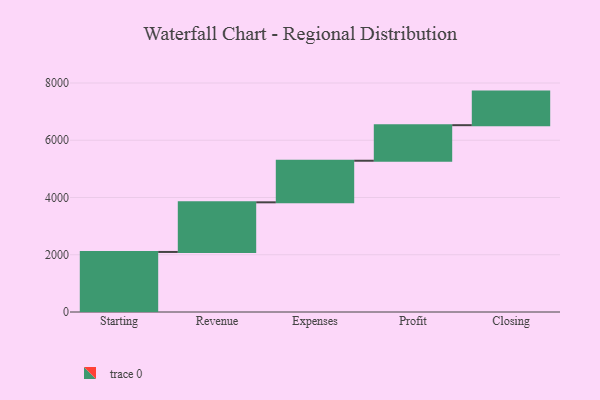
{"axis": {"x": "Step", "y": "Value"}, "legend": [""], "data": [{"x": "Starting", "y": 2098.0, "type": ""}, {"x": "Revenue", "y": 1734.0, "type": ""}, {"x": "Expenses", "y": 1453.0, "type": ""}, {"x": "Profit", "y": 1242.0, "type": ""}, {"x": "Closing", "y": 1173.0, "type": ""}]}